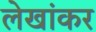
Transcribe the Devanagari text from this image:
लेखांकर